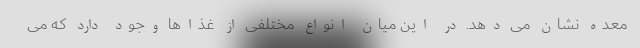
معده نشان می دهد. در این میان انواع مختلفی از غذاها وجود دارد که می